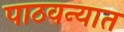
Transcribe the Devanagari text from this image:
पाठवन्यात